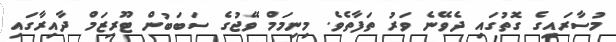
މުސާރައިގެ ގޮތުގައި ދެވޭނެ ވަރު ތަފާތެވެ. މިނިމަމް ވޭޖުގެ ސަބަބުން ޓޫރިޒަމް ދާއިރާގައި